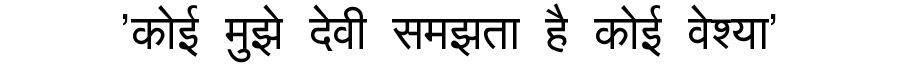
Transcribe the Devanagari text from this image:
'कोई मुझे देवी समझता है कोई वेश्या'